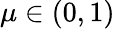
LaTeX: \mu\in(0,1)